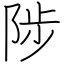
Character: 陟